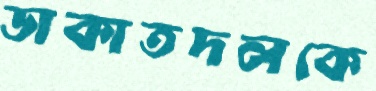
ডাকাতদলকে